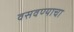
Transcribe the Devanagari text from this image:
वसवण्याचा